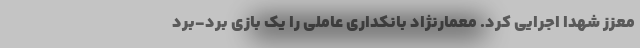
معزز شهدا اجرایی کرد. معمارنژاد بانکداری عاملی را یک بازی برد-برد